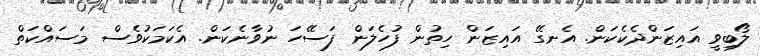
ލޯބިވީ އައިޒަންދެކެކަން. އެނގޭ އައިޒަން ހިތުން ފުހެލަން ފަސޭހަ ނުވާނެކަން. އެކަމަކުވެސް މަސައްކަތް